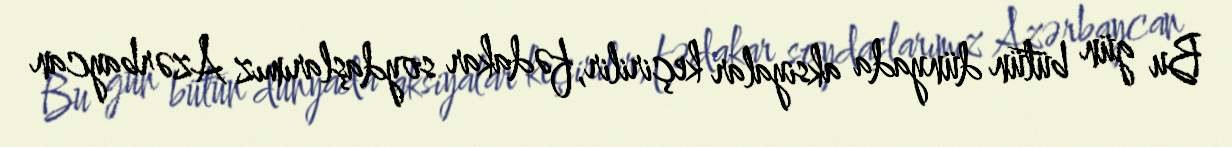
Bu gün bütün dünyada aksiyalar keçirilir, fədakar soydaşlarımız Azərbaycan